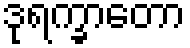
ဒုရက္ခာတော